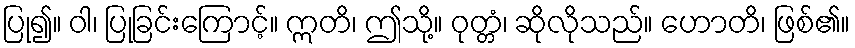
ပြု၍။ ဝါ၊ ပြုခြင်းကြောင့်။ ဣတိ၊ ဤသို့။ ဝုတ္တံ၊ ဆိုလိုသည်။ ဟောတိ၊ ဖြစ်၏။